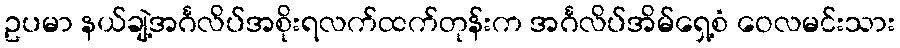
ဥပမာ နယ်ချဲ့အင်္ဂလိပ်အစိုးရလက်ထက်တုန်းက အင်္ဂလိပ်အိမ်ရှေ့စံ ဝေလမင်းသား